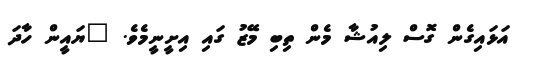
އަޅައިގެން ގޮސް ލިއުޝާ މެން ތިބި މޭޒު ގައި އިށީނީމެވެ. "ޔައީން ހާދަ